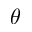
\theta